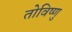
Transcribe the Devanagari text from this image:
तोविष्णु